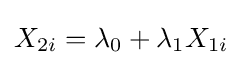
X_{2i}=\lambda _{0}+\lambda _{1}X_{1i}